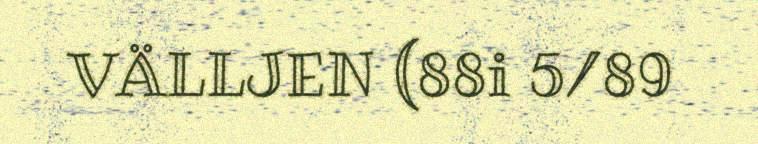
VÄLLJEN (88i 5/89